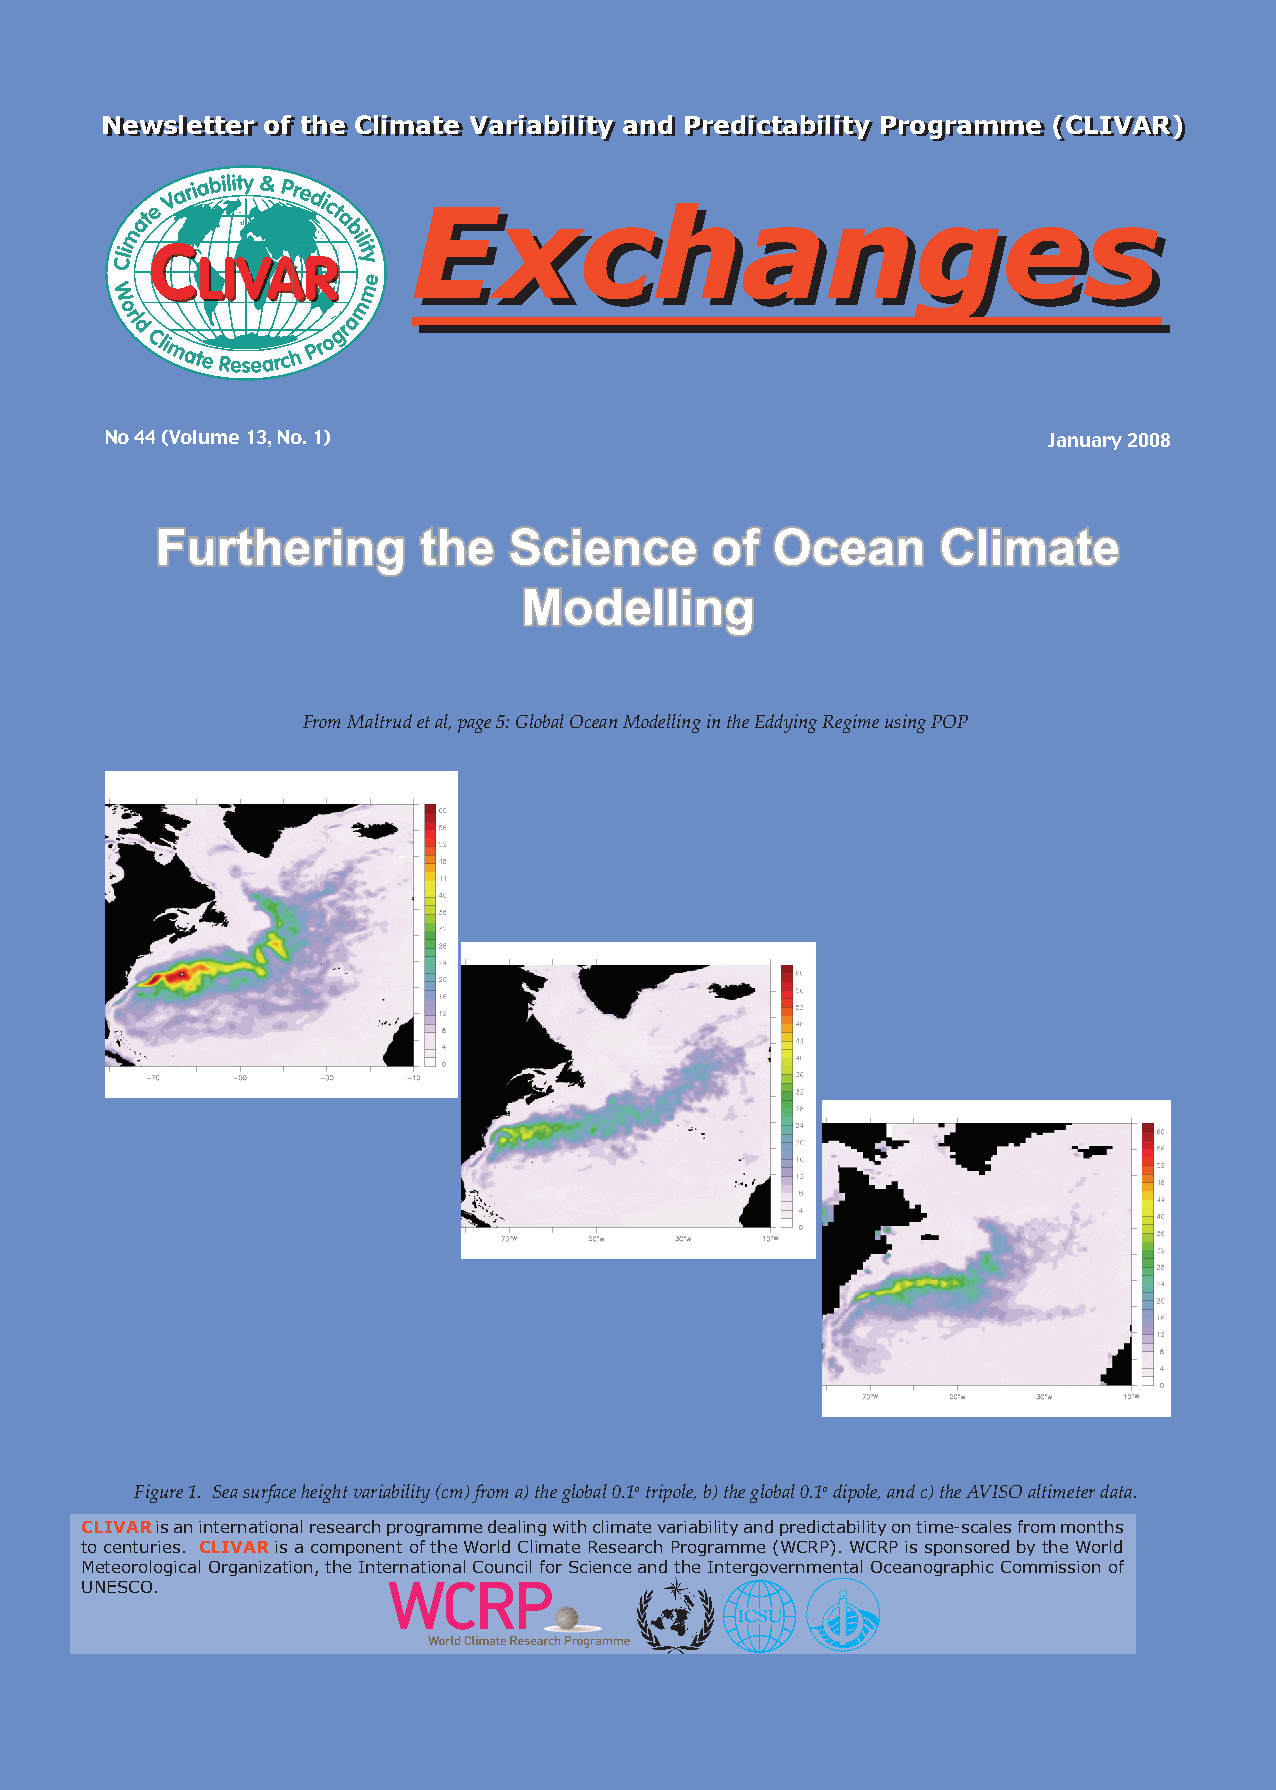
NNeewwsslleetttteerr ooff tthhee CClliimmaattee VVaarriiaabbiilliittyy aanndd PPrreeddiiccttaabbiilliittyy PPrrooggrraammmmee ((CCLLIIVVAARR))
 Exchanges
 Exchanges
 No 44 (Volume 13, No. 1)                                      January 2008
 Furthering        the   Science      of  Ocean      Climate
 Modelling
 From Maltrud et al, page 5: Global Ocean Modelling in the Eddying Regime using POP
 Figure 1. Sea surface height variability (cm) from a) the global 0.1o tripole, b) the global 0.1o dipole, and c) the AVISO altimeter data.
 CLIVAR is an international research programme dealing with climate variability and predictability on time-scales from months
 to centuries. CLIVAR is a component of the World Climate Research Programme (WCRP). WCRP is sponsored by the World
 Meteorological Organization, the International Council for Science and the Intergovernmental Oceanographic Commission of
 UNESCO.